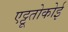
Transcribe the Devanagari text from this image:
एट्टूतोकोई